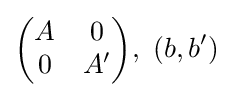
{\begin{pmatrix}A&0\\0&A^{\prime }\\\end{pmatrix}},\,\,(b,b^{\prime })